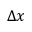
\Delta x